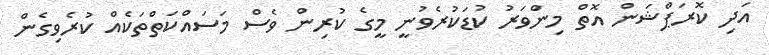
އަދި ކޮރަޕްޝަން އޮތް މިންވަރު ކުޑަކުރެވުނީ މީގެ ކުރިން ވެސް މަސައްކަތްތަކެއް ކުރެވިގެން